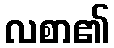
လစာ၏